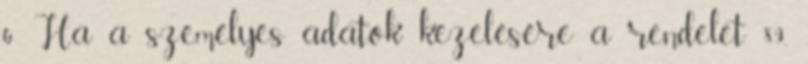
6 Ha a személyes adatok kezelésére a rendelet 89.